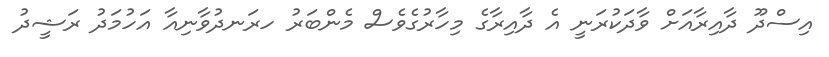
އިސްދޫ ދާއިރާއަށް ވާދަކުރަނީ އެ ދާއިރާގެ މިހާރުގެވެސް މެންބަރު ހރަނދުވާނިއާ އަހުމަދު ރަޝީދު